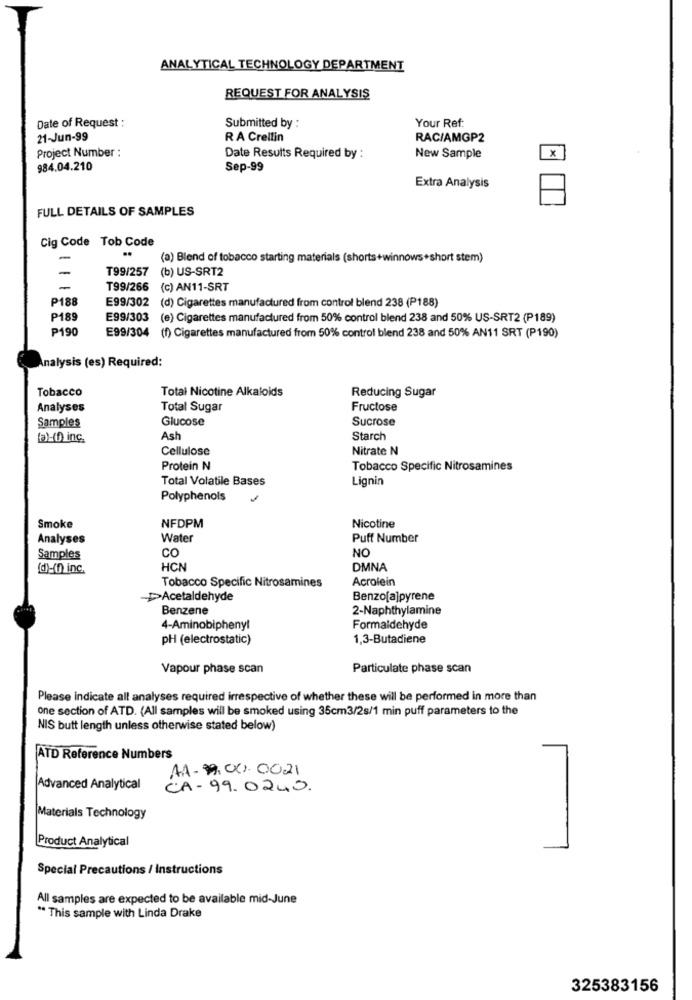
ANALYTICAL TECHNOLOGY DEPARTMENT
REQUEST FOR ANALYSIS
Date of Request :
Submitted by :
Your Ref:
21-Jun-99
RA Crellin
RAC/AMGP2
Project Number :
Date Results Required by :
New Sample
984.04.210
Sep-99
Extra Analysis
FULL DETAILS OF SAMPLES
Cig Code Tob Code
..
-
(a) Blend of tobacco starting materials (shorts+winnows+short stem)
-
T99/257 (b) US-SRT2
T99/266 (c) AN11-SRT
P188
E99/302 (d) Cigarettes manufactured from control blend 238 (P188)
P189
E99/303 (e) Cigarettes manufactured from 50% control blend 238 and 50% US-SRT2 (P189)
P190
E99/304 (f) Cigarettes manufactured from 50% control blend 238 and 50% AN11 SRT (P190)
Analysis (es) Required:
Tobacco
Total Nicotine Alkaloids
Reducing Sugar
Analyses
Total Sugar
Fructose
Samples
Glucose
Sucrose
Byn inc.
Ash
Starch
Cellulose
Nitrate N
Protein N
Tobacco Specific Nitrosamines
Total Volatile Bases
Lignin
Polyphenols
Smoke
NFDPM
Nicotine
Analyses
Water
Puff Number
CO
NO
Samples
(d)-(n) inc.
HCN
DMNA
Tobacco Specific Nitrosamines
Acrolein
Acetaldehyde
Benzo[a]pyrene
Benzene
2-Naphthylamine
4-Aminobiphenyl
Formaldehyde
pH (electrostatic)
1,3-Butadiene
Vapour phase scan
Particulate phase scan
Please indicate all analyses required irrespective of whether these will be performed in more than
one section of ATD. (All samples will be smoked using 35cm3/2s/1 min puff parameters to the
NIS butt length unless otherwise stated below)
ATD Reference Numbers
AA-9. 001. 0021
Advanced Analytical
CA- 99. 0240.
-
Materials Technology
Product Analytical
Special Precautions / Instructions
All samples are expected to be available mid-June
** This sample with Linda Drake
325383156